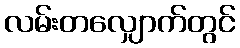
လမ်းတလျှောက်တွင်